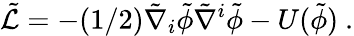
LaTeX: \tilde{\mathcal{L}}=-(1/2)\tilde{\nabla}_{i}\tilde{\phi}\tilde{\nabla}^{i}\tilde{\phi}-U(\tilde{\phi})~.